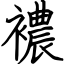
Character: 襛